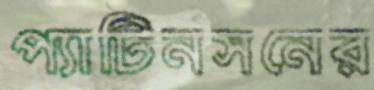
প্যাটিনসনের